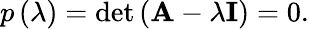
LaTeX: p\left(\lambda\right)=\operatorname*{det}\left(\mathbf{A}-\lambda\mathbf{I}\right)=0.